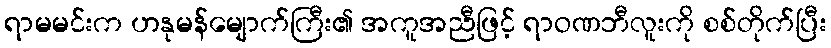
ရာမမင်းက ဟနုမန်မျောက်ကြီး၏ အကူအညီဖြင့် ရာဝဏဘီလူးကို စစ်တိုက်ပြီး